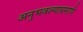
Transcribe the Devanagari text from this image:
अनुभवल्याप्रमाणे